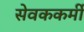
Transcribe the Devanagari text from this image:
सेवककर्मी